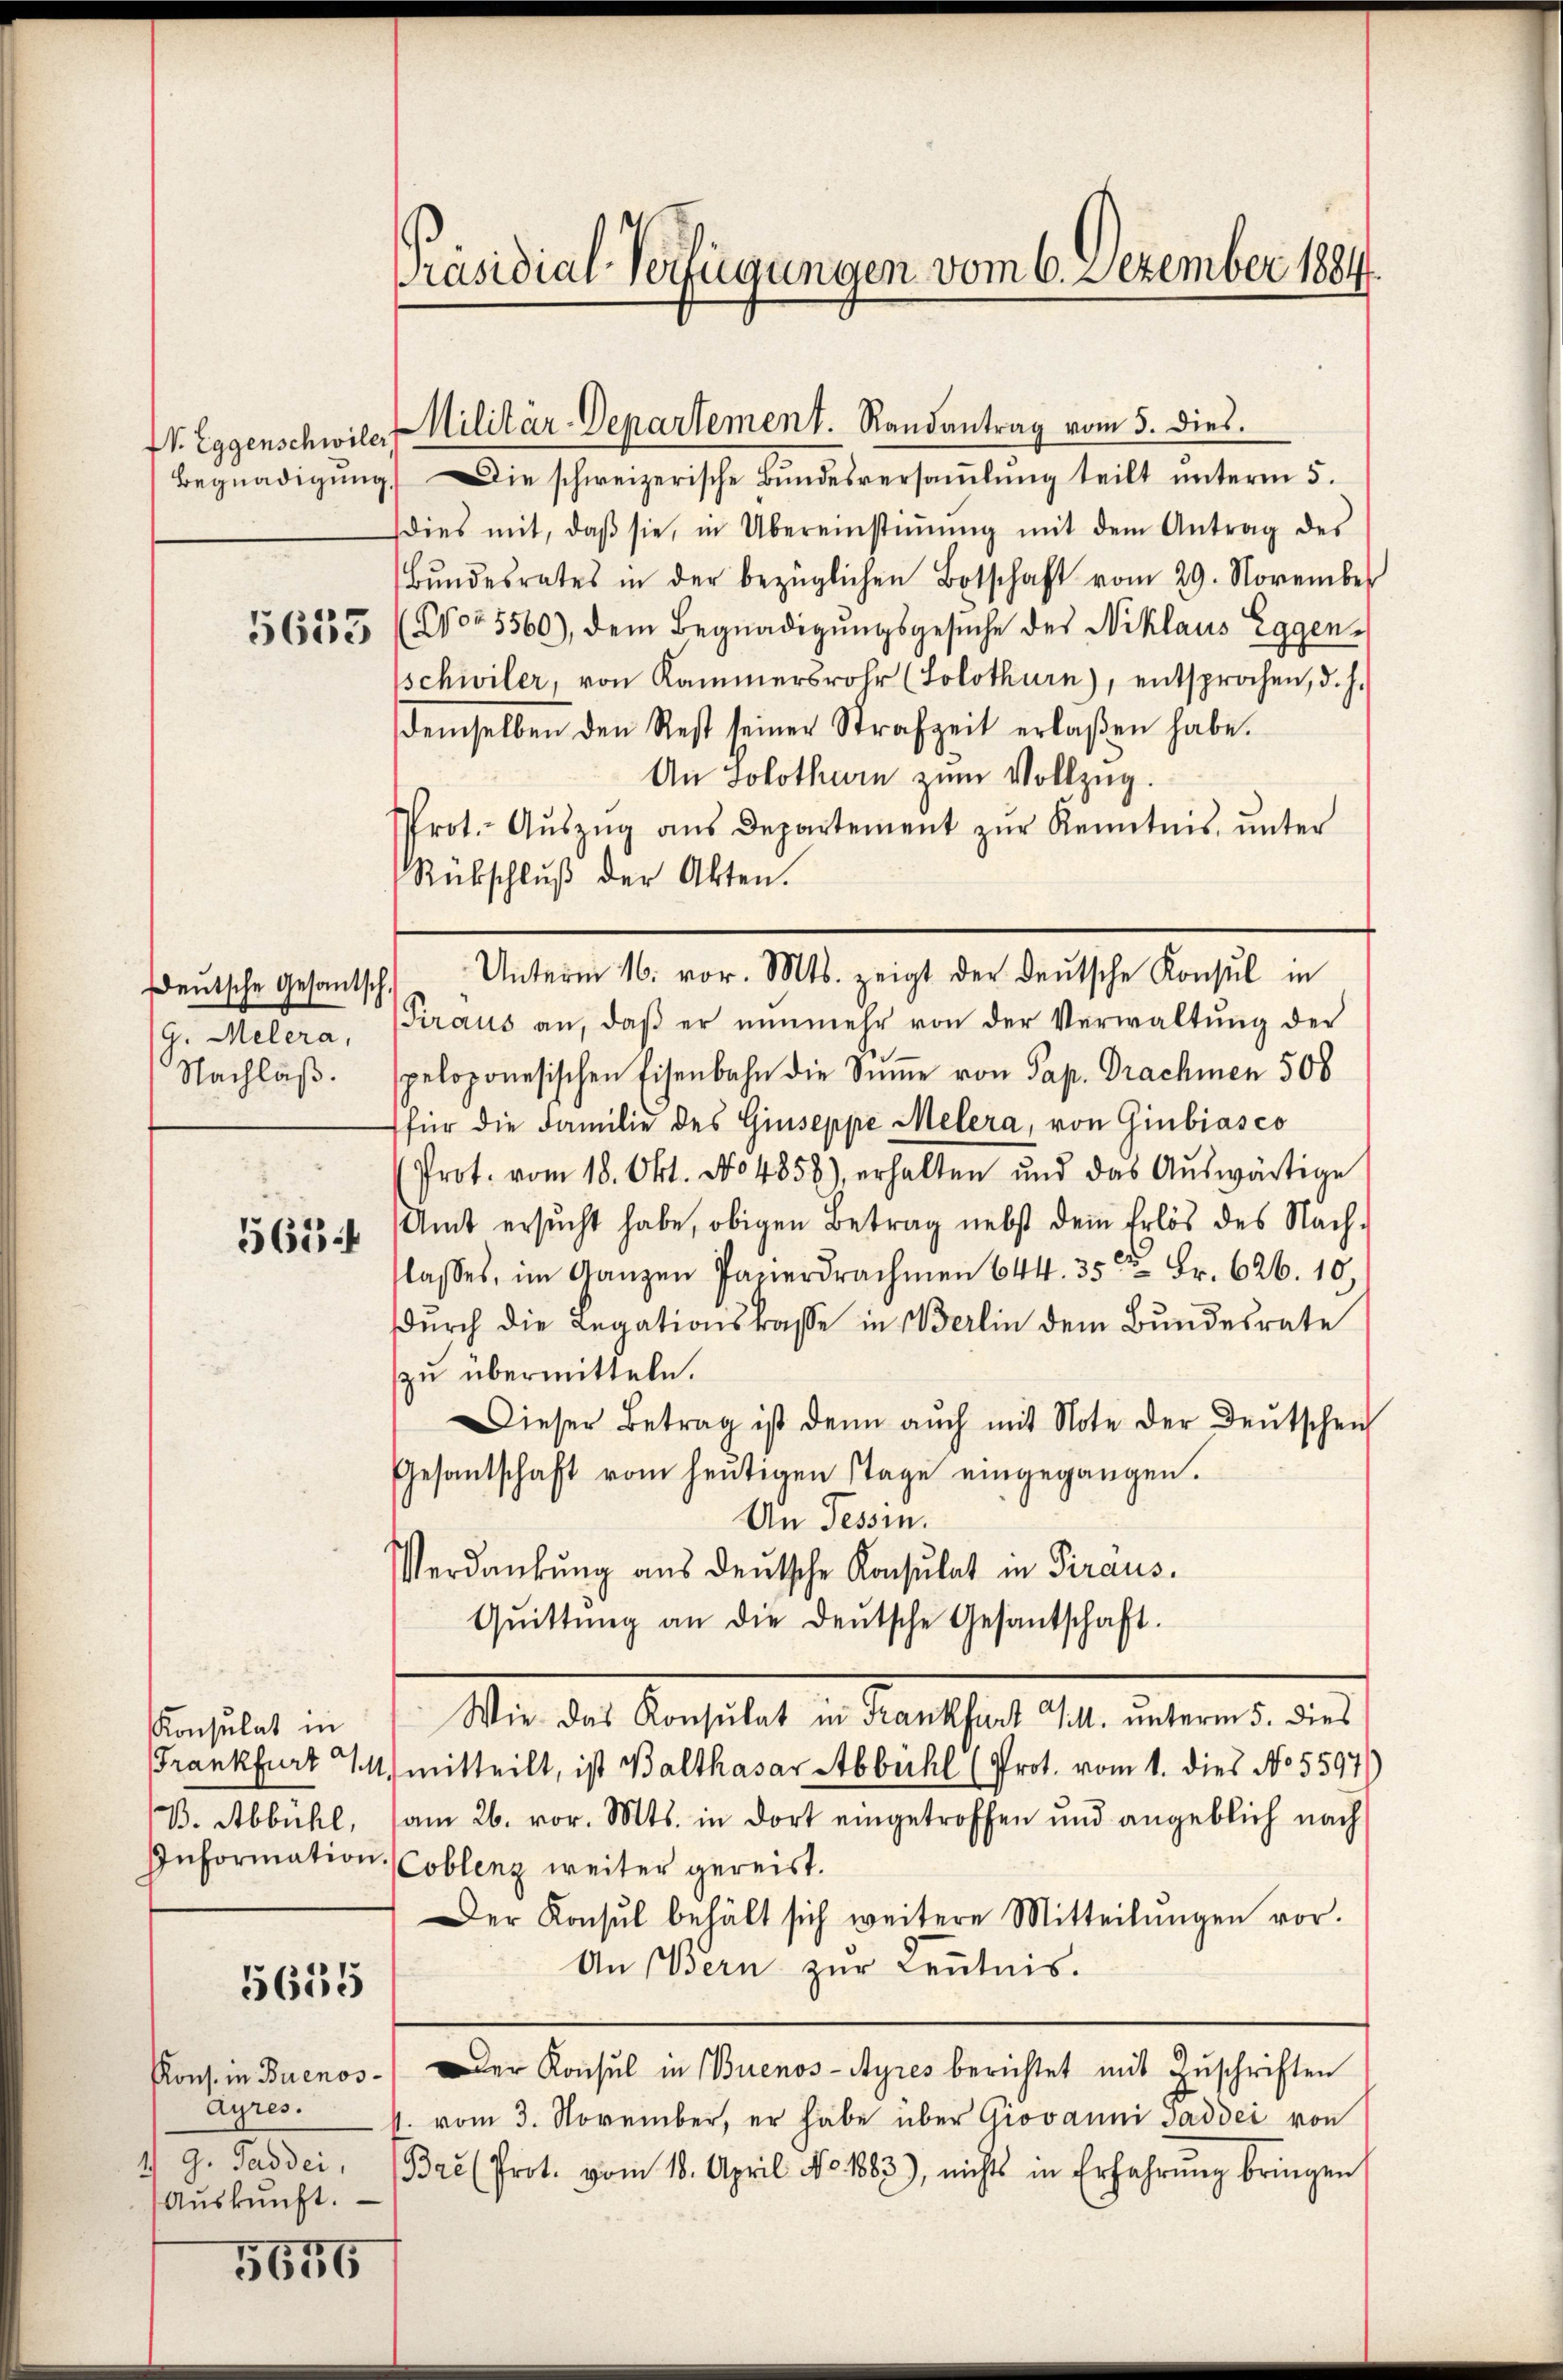
Deutsche Gesantsch,
(G. Melera,
Nachläß

563

Konsulat in
B. Abbühl,

5655

Ayres.
1) G. Saddei,
Aŭskŭnft.

5656

Präsidial-Verfügungen vom 6. Dezember 1884.

Begnadigŭng. Die schweizerische Bŭndesversaṁlŭng teilt ŭnterm 5.
dies mit, daβ sie, in Übereinstiṁŭng mit dem Antrag des
Bŭndesrates in der bezüglichen Botschaft vom 29. November
5623 (Cor 5560), dem Begnadigungsgesuche des Niklaus Eggenschwiler, von Kammersrohr (Solothurn), entsprochen, d. h.
demselben den Rest seiner Strafzeit erlaßen habe.
An Solothurn zum Vollzug.
Prot. Aŭszŭg ans Departement zŭr Kenntnis ŭnter
Rückschlŭβ der Akten.
Piraus an, daβ er nŭnmehr von der Verwaltŭng der
speloponesischen Eisenbahn die Sinne von Pap. Prachmen 500
für die Familie des Giuseppe Melera, von Giubiasco
(Prot. vom 18. Okt. No 4858), erhalten und das Aŭswärtige
Amt ersŭcht habe, obigen Betrag nebst dem Erlös des Nach-
lasses, im Ganzen Parerdrachmen 644. 35 Fr. 626. 10,
dŭrch die Legationskasse in Berlin dem Bŭndesrate
zu übermitteln.
Dieser Betrag ist denn auch mit Note der Deutschein
Gesantschaft vom heŭtigen Tage eingegangen.
An Tessin.
Verdankŭng aus deutsche Konsulat in Piraus.
Qŭittŭng an die deŭtsche Gesantschaft.
M. das Consulat u. Marthal 14. Altern d. 121.
Frankfurt M. mitteilt, ist Balthasar Abbühl (Prot. vom 1. dies No 5597)
am 26. vor. Mts. in dort eingetroffen und angeblich nach
Information (Coblenz weiter gereist.
Der Konsul behält sich weitere Mitteilŭngen vor.
An Bern zur Leutnis.
Kons. in Buenos. Der Konsul in Buenos-Ayres berichtet mit Zŭschriften
v. vom 3. November, er habe über Giovanni Gaddei von
Bre (Prot. vom 18. April No. 1883), nichts in Erfahrung bringen

. Eggenschwiler Militär-Departement. Randantrag vom 5. dies

Unterm 16. vor. Mts. zeigt der deutsche Konsul in